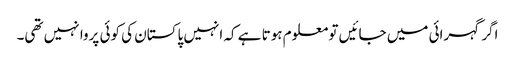
اگر گہرائی میں جائیں تو معلوم ہوتا ہے کہ انہیں پاکستان کی کوئی پروا نہیں تھی۔